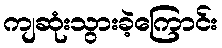
ကျဆုံးသွားခဲ့ကြောင်း